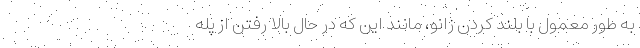
به طور معمول با بلند کردن زانو، مانند این که در حال بالا رفتن از پله